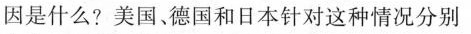
因是什么?美国、德国和日本针对这种情况分别